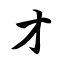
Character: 才